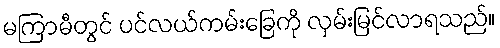
မကြာမီတွင် ပင်လယ်ကမ်းခြေကို လှမ်းမြင်လာရသည်။